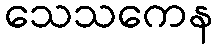
သေသကေန